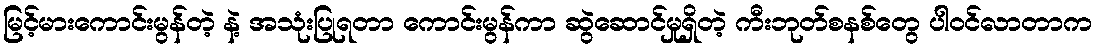
မြင့်မားကောင်းမွန်တဲ့ နဲ့ အသုံးပြုရတာ ကောင်းမွန်ကာ ဆွဲဆောင်မှုရှိတဲ့ ကီးဘုတ်စနစ်တွေ ပါဝင်လာတာက